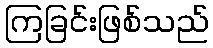
ကြခြင်းဖြစ်သည်